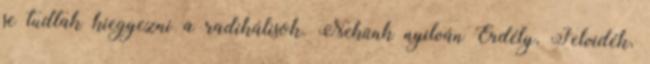
se tudtak kiegyezni a radikálisok. Nekünk nyilván Erdély, Felvidék,